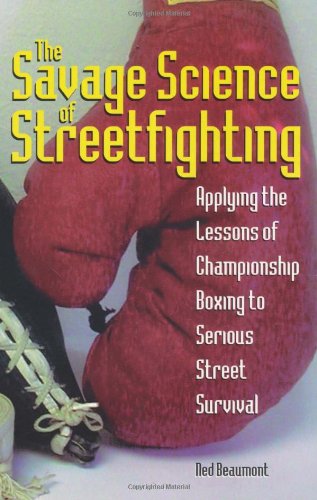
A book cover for Savage Science Of Streetfighting: Applying The Lessons Of Championship Boxing To Serious Street Survival; Ned Beaumont; Sports & Outdoors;